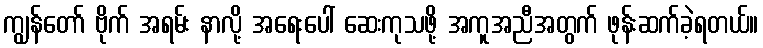
ကျွန်တော် ဗိုက် အရမ်း နာလို့ အရေးပေါ် ဆေးကုသဖို့ အကူအညီအတွက် ဖုန်းဆက်ခဲ့ရတယ်။